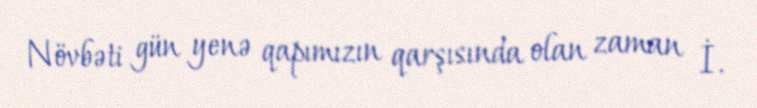
Növbəti gün yenə qapımızın qarşısında olan zaman İ.